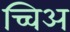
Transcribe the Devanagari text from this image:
च्चिअ